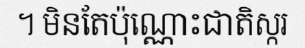
។ មិនតែប៉ុណ្ណោះជាតិស្ករ